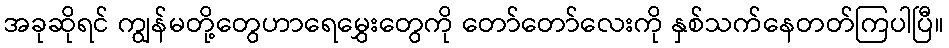
အခုဆိုရင် ကျွန်မတို့တွေဟာရေမွှေးတွေကို တော်တော်လေးကို နှစ်သက်နေတတ်ကြပါပြီ။